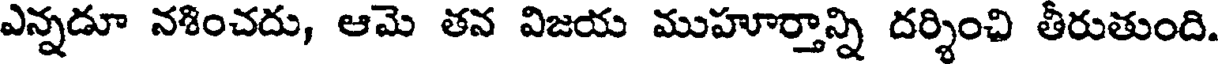
ఎన్నడూ నశించదు, ఆమె తన విజయ ముహూర్తాన్ని దర్శించి తీరుతుంది.